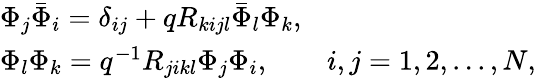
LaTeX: \begin{array}{l}{{\Phi_{j}\bar{\Phi}_{i}=\delta_{ij}+qR_{kijl}\bar{\Phi}_{l}\Phi_{k},}}\\ {{\Phi_{l}\Phi_{k}=q^{-1}R_{jikl}\Phi_{j}\Phi_{i},\qquad i,j=1,2,...,N,}}\end{array}